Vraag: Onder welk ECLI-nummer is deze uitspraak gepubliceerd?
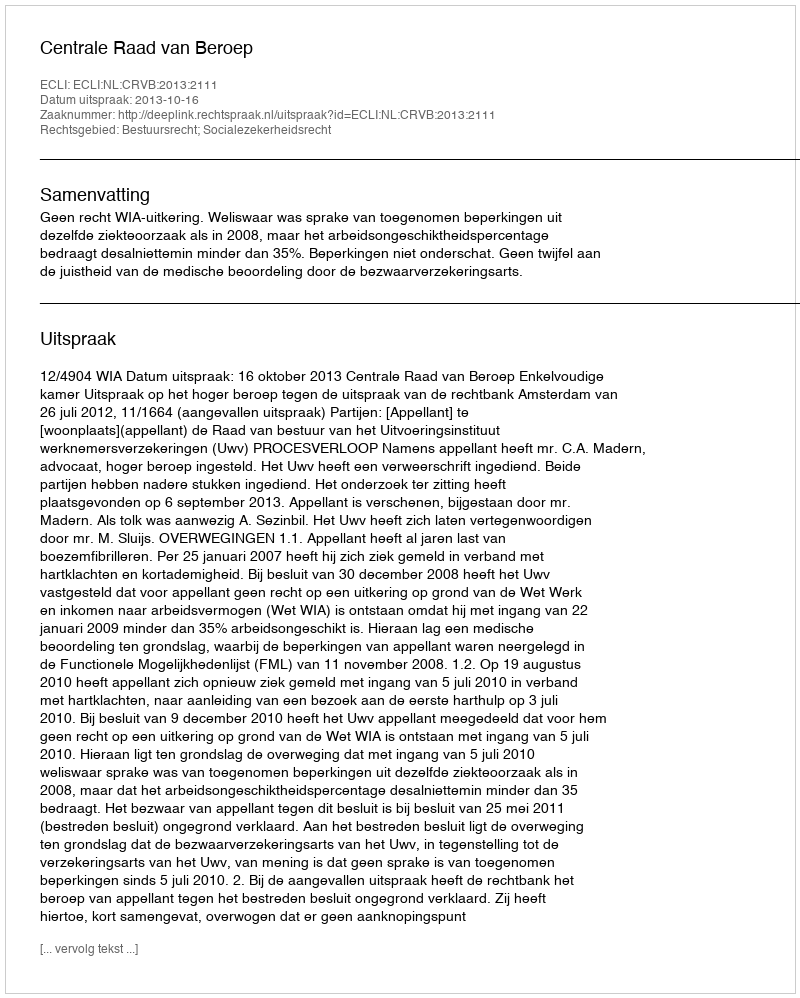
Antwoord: ECLI:NL:CRVB:2013:2111